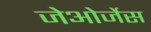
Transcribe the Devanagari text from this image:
जेओर्जेस